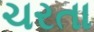
ચરતા